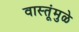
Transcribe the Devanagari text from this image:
वास्तूंमुळे